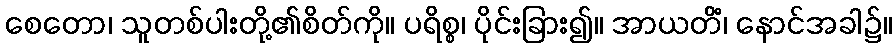
စေတော၊ သူတစ်ပါးတို့၏စိတ်ကို။ ပရိစ္စ၊ ပိုင်းခြား၍။ အာယတိံ၊ နောင်အခါ၌။